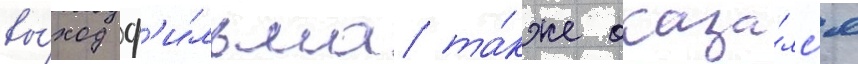
вы́ход ф'и́льма та́кже оказа́лс'я